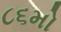
૮૬મો